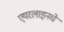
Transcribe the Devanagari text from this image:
एयरलाइनचे